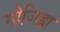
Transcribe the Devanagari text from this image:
गोजिह्वा